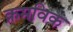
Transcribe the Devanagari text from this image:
क्रमविक